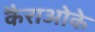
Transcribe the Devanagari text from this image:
कैराओके